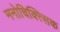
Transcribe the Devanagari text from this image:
मनोचिक्त्सिक